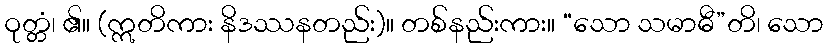
ဝုတ္တံ၊ ၏။ (ဣတိကား နိဒဿနတည်း)။ တစ်နည်းကား။ “သော သမာဓီ”တိ၊ သော